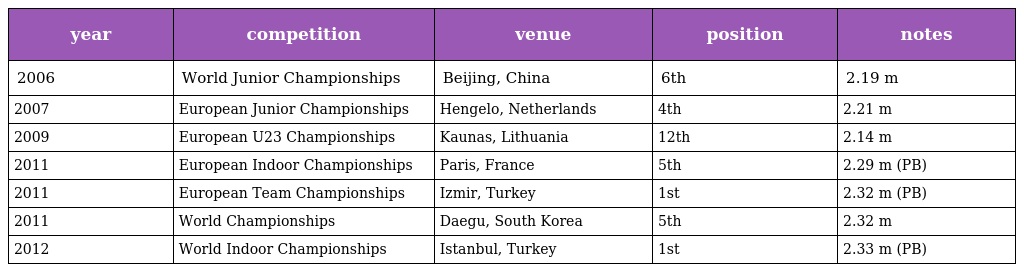
| year | competition | venue | position | notes |
 | --- | --- | --- | --- | --- |
 | 2006 | World Junior Championships | Beijing, China | 6th | 2.19 m |
 | 2007 | European Junior Championships | Hengelo, Netherlands | 4th | 2.21 m |
 | 2009 | European U23 Championships | Kaunas, Lithuania | 12th | 2.14 m |
 | 2011 | European Indoor Championships | Paris, France | 5th | 2.29 m (PB) |
 | 2011 | European Team Championships | Izmir, Turkey | 1st | 2.32 m (PB) |
 | 2011 | World Championships | Daegu, South Korea | 5th | 2.32 m |
 | 2012 | World Indoor Championships | Istanbul, Turkey | 1st | 2.33 m (PB) |